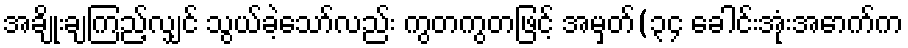
အချိုးချကြည့်လျှင် သွယ်ခဲ့သော်လည်း ကွတကွတဖြင့် အမှတ်(၃၄ ခေါင်းအုံးအောက်က